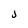
Character: j